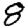
Digit: 8